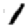
Digit: 1